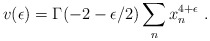
\begin{align*}v(\epsilon) = \Gamma (-2-\epsilon/2) \sum_n x_n^{4+\epsilon}~.\end{align*}